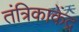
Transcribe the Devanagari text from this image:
तंत्रिकाकेंद्र